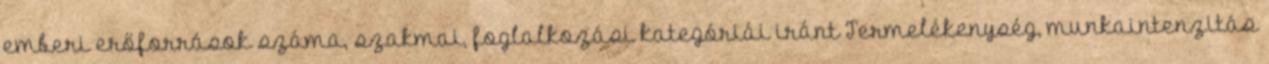
emberi erőforrások száma, szakmai, foglalkozási kategóriái iránt Termelékenység, munkaintenzitás